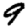
Digit: 9